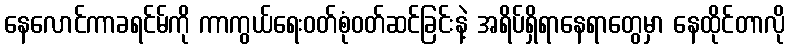
နေလောင်ကာခရင်မ်ကို ကာကွယ်ရေးဝတ်စုံဝတ်ဆင်ခြင်းနဲ့ အရိပ်ရှိရာနေရာတွေမှာ နေထိုင်တာလို